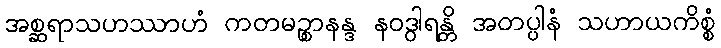
အစ္ဆရာသဟဿာဟံ ကတမဉ္စာနန္ဒ နဝဒွါရန္တိ အတပ္ပါနံ သဟာယကိစ္စံ